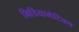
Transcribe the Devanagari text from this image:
मिडियामेटिक्स